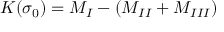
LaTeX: K ( \sigma _ { 0 } ) = M _ { I } - ( M _ { I I } + M _ { I I I } )